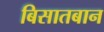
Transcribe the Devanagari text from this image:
बिसातबान